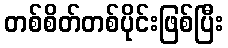
တစ်စိတ်တစ်ပိုင်းဖြစ်ပြီး